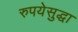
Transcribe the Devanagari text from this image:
रुपयेसुद्धा